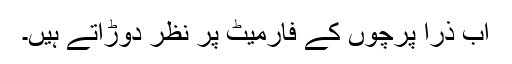
اب ذرا پرچوں کے فارمیٹ پر نظر دوڑاتے ہیں۔